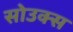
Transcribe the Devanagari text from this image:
सोउक्स